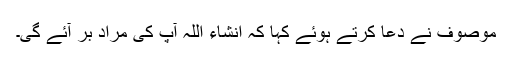
موصوف نے دعا کرتے ہوئے کہا کہ انشاء اللہ آپ کی مراد بر آئے گی۔